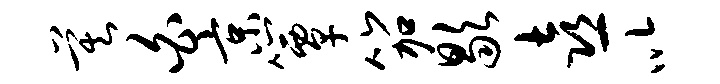
莫白京簟笳歇喜以